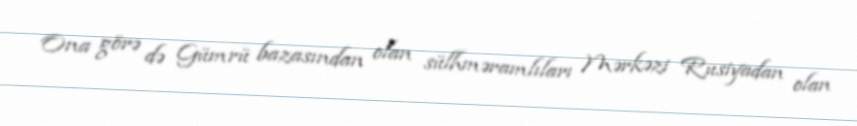
Ona görə də Gümrü bazasından olan sülhməramlıları Mərkəzi Rusiyadan olan